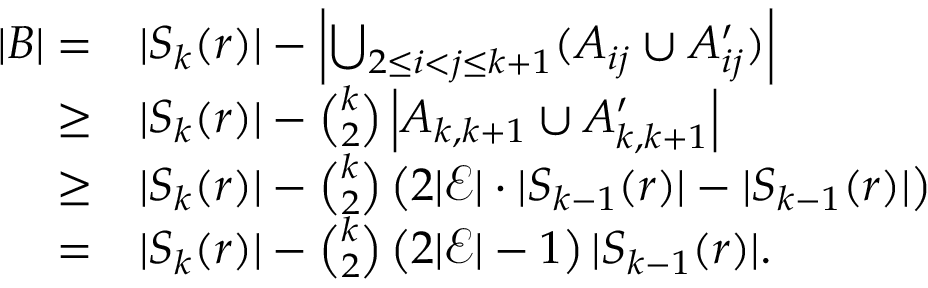
\begin{array} { r l } { | B | = } & { | S _ { k } ( r ) | - \left| \bigcup _ { 2 \leq i < j \leq k + 1 } ( A _ { i j } \cup A _ { i j } ^ { \prime } ) \right| } \\ { \geq } & { | S _ { k } ( r ) | - { \binom { k } { 2 } } \left| A _ { k , k + 1 } \cup A _ { k , k + 1 } ^ { \prime } \right| } \\ { \geq } & { | S _ { k } ( r ) | - { \binom { k } { 2 } } \left( 2 | \mathcal { E } | \cdot | S _ { k - 1 } ( r ) | - | S _ { k - 1 } ( r ) | \right) } \\ { = } & { | S _ { k } ( r ) | - { \binom { k } { 2 } } \left( 2 | \mathcal { E } | - 1 \right) | S _ { k - 1 } ( r ) | . } \end{array}